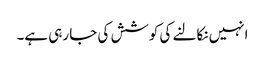
انہیں نکالنے کی کوشش کی جا رہی ہے۔